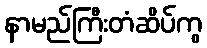
နာမည်ကြီးတံဆိပ်ကွ